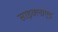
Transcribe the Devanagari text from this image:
साइक्लाएड